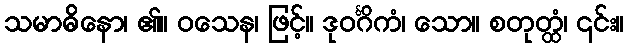
သမာဓိနော၊ ၏။ ဝသေန၊ ဖြင့်။ ဒုဝင်္ဂိကံ၊ သော။ စတုတ္ထံ၊ ၎င်း။